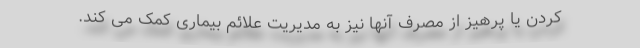
کردن یا پرهیز از مصرف آنها نیز به مدیریت علائم بیماری کمک می کند.